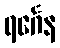
ရင်္ဂေန